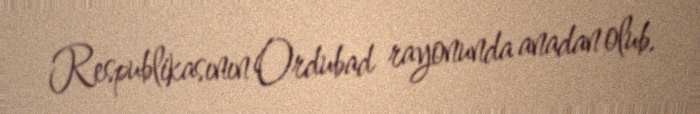
Respublikasının Ordubad rayonunda anadan olub.